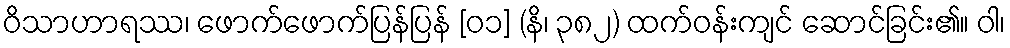
ဝိသာဟာရဿ၊ ဖောက်ဖောက်ပြန်ပြန် [၀၁] (နိ၊ ၃၈၂) ထက်ဝန်းကျင် ဆောင်ခြင်း၏။ ဝါ၊